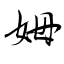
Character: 姆